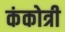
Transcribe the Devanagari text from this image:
कंकोत्री